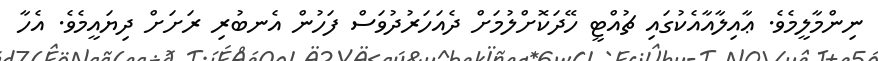
ނިންމާލީމެވެ. ޢާއިލާއާއެކުގައި ޗުއްޓީ ހޭދަކޮށްލުމަށް ދެއަހަރުދުވަސް ފަހުން އެނބުރި ރަށަށް ދިޔައީމެވެ. އެހާ